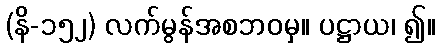
(နိ-၁၅၂) လက်မွန်အစဘဝမှ။ ပဋ္ဌာယ၊ ၍။